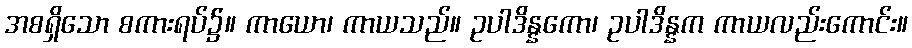
အစရှိသော စကားရပ်၌။ ကာယော၊ ကာယသည်။ ဥပါဒိန္နကော၊ ဥပါဒိန္နက ကာယလည်းကောင်း။